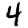
Digit: 4